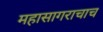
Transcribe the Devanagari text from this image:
महासागराचाच